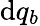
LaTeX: \mathrm{d}q_{b}